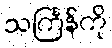
သင်္ကြန်ကို